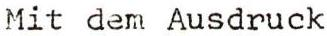
Mit dem Ausdruck